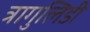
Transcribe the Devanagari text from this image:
त्रागुलिडी